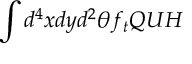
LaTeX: \int d ^ { 4 } x d y d ^ { 2 } \theta f _ { t } Q U H